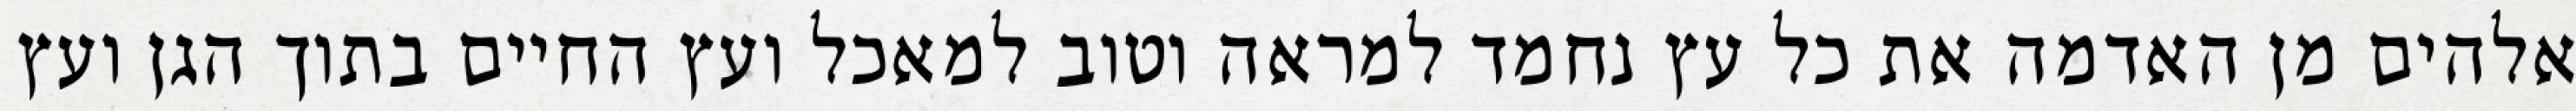
אלהים מן האדמה את כל עץ נחמד למראה וטוב למאכל ועץ החיים בתוך הגן ועץ